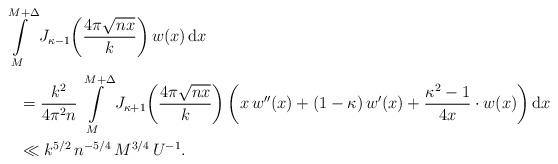
LaTeX: \begin{align*}&\int\limits_M^{M+\Delta}J_{\kappa-1}\!\left(\frac{4\pi\sqrt{nx}}k\right)w(x)\,\mathrm dx\\&\quad=\frac{k^2}{4\pi^2 n}\int\limits_M^{M+\Delta}J_{\kappa+1}\!\left(\frac{4\pi\sqrt{nx}}k\right)\left(x\,w''(x)+\left(1-\kappa\right)w'(x)+\frac{\kappa^2-1}{4x}\cdot w(x)\right)\mathrm dx\\&\quad\ll k^{5/2}\,n^{-5/4}\,M^{3/4}\,U^{-1}.\end{align*}